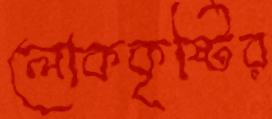
লোককৃষ্টির